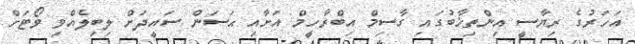
އަހަރުގެ ރިޔާސީ އިންތިޚާބުގައި ގާސިމް އިބްރާހީމް އަށާއި ޙަސަން ސައީދަށް ލިބިލެއްވި ވޯޓަށް